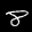
Label: 8